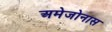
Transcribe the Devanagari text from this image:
अमेजोनास